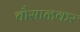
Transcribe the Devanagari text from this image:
चौसाळकर